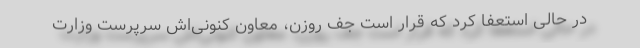
در حالی استعفا کرد که قرار است جف روزن، معاون کنونی‌اش سرپرست وزارت